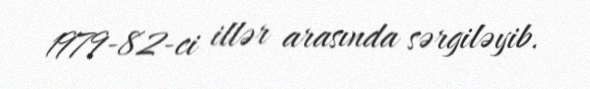
1979-82-ci illər arasında sərgiləyib.